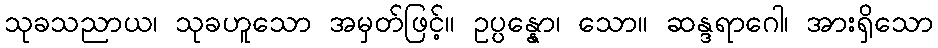
သုခသညာယ၊ သုခဟူသော အမှတ်ဖြင့်။ ဥပ္ပန္နော၊ သော။ ဆန္ဒရာဂေါ၊ အားရှိသော